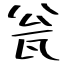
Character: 瓮